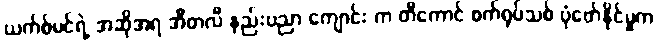
ယက်စ်မင်ရဲ့ အဆိုအရ အီတလီ နည်းပညာ ကျောင်း က တီကောင် စက်ရုပ်သစ် ပုံဖော်နိုင်မှုက